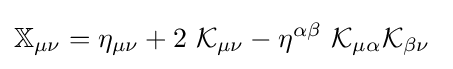
\mathbb {X} _{\mu \nu }=\eta _{\mu \nu }+2\ {\mathcal {K}}_{\mu \nu }-\eta ^{\alpha \beta }\ {\mathcal {K}}_{\mu \alpha }{\mathcal {K}}_{\beta \nu }\